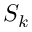
S _ { k }